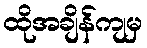
ထိုအချိန်ကျမှ